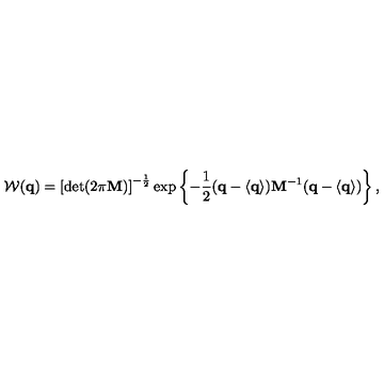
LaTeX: { \cal W } ( { \bf q } ) = \left[ \det ( 2 \pi { \bf M } ) \right] ^ { - \frac 1 2 } \exp \left\{ - \frac 1 2 ( { \bf q } - \langle { \bf q } \rangle ) { \bf M } ^ { - 1 } ( { \bf q } - \langle { \bf q } \rangle ) \right\} ,